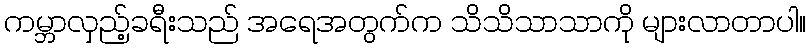
ကမ္ဘာလှည့်ခရီးသည် အရေအတွက်က သိသိသာသာကို များလာတာပါ။